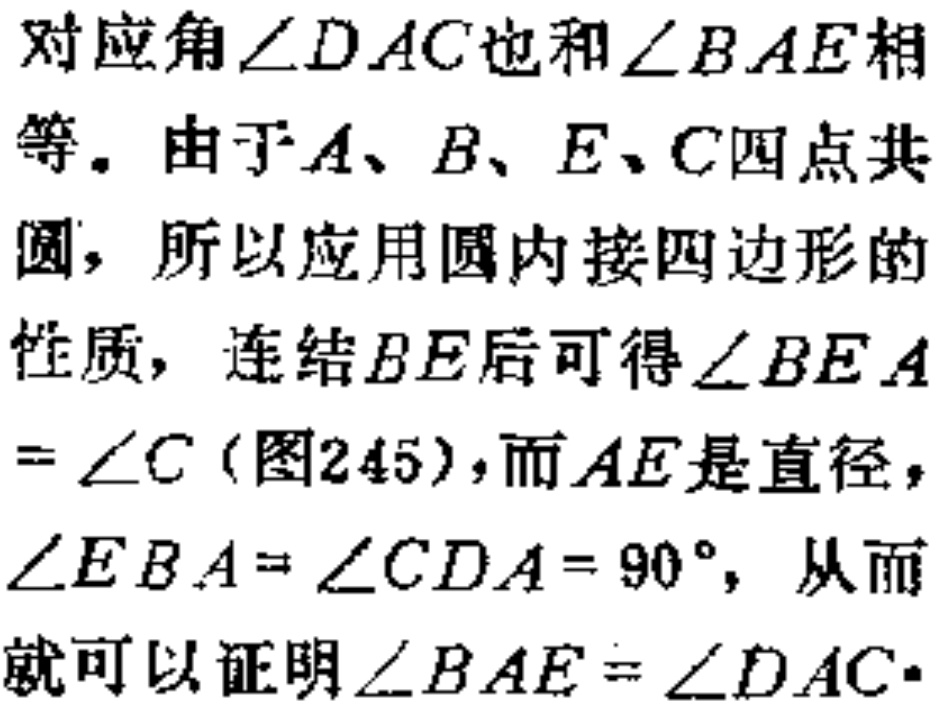
对应角\(\angle DAC\)也和\(\angle BAE\)相等。由于\(A、B、E、C\)四点共圆，所以应用圆内接四边形的性质，连结\(BE\)后可得\(\angle BEA=\angle C\)（图245），而\(AE\)是直径，\(\angle EBA = \angle CDA = 90^{\circ}\)，从而就可以证明\(\angle BAE=\angle DAC\)。